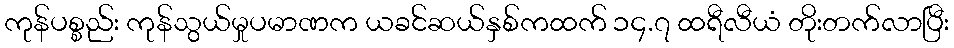
ကုန်ပစ္စည်း ကုန်သွယ်မှုပမာဏက ယခင်ဆယ်နှစ်ကထက် ၁၄.၇ ထရီလီယံ တိုးတက်လာပြီး